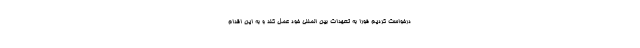
درخواست کردیم فورا به تعهدات بین المللی خود عمل کند و به این اقدام